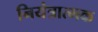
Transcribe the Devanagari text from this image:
नियंत्रात्मक